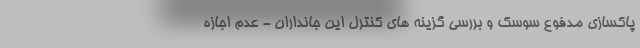
پاکسازی مدفوع سوسک و بررسی گزینه های کنترل این جانداران - عدم اجازه